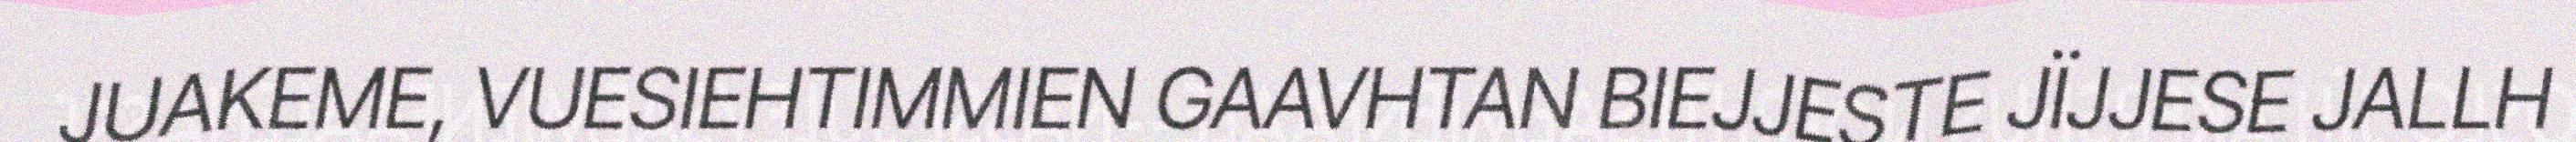
JUAKEME, VUESIEHTIMMIEN GAAVHTAN BIEJJESTE JÏJJESE JALLH